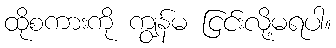
ထိုစကားကို ကျွန်မ ငြင်းလို့မရပါ။